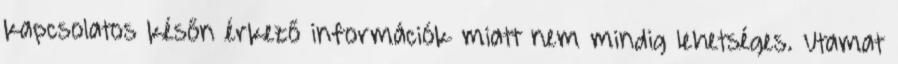
kapcsolatos későn érkező információk miatt nem mindig lehetséges. Utamat